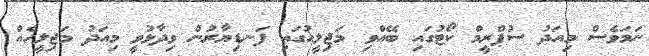
ނަމަވެސް މިއަދު ސުޕްރީމް ކޯޓުގައި ބޭއްވި މަޖިލީހުގައި ފަނޑިޔާރުން ވިދާޅުވީ މިއަދު މަޖިލީހެއް